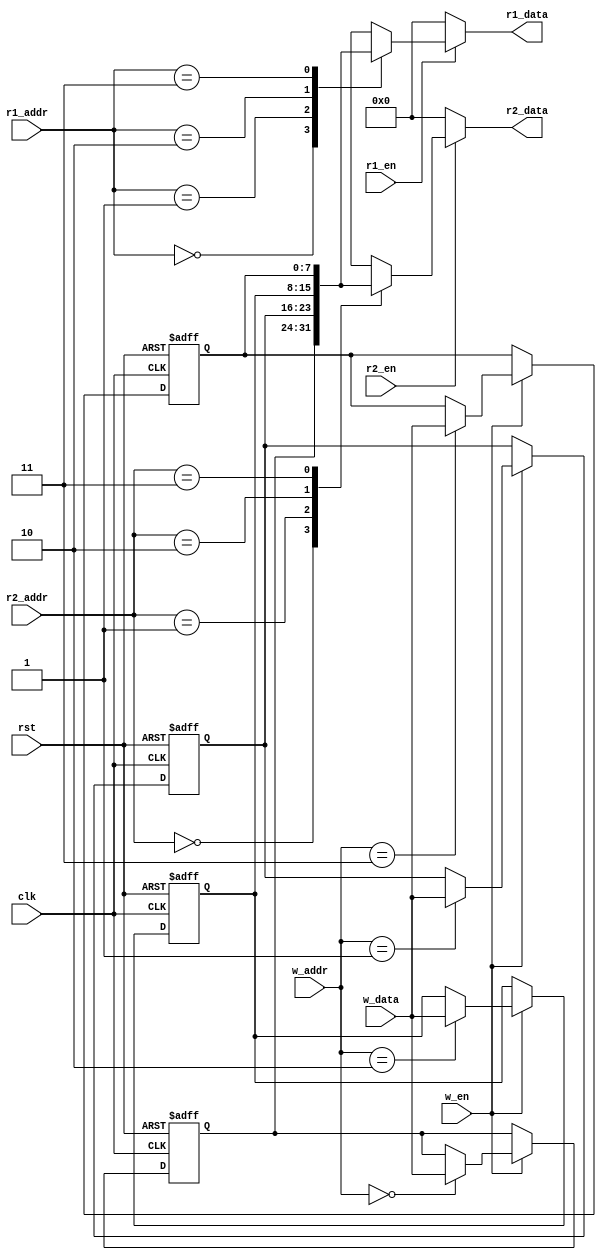
module reg_file #(
parameter  DEPTH = 4,
parameter  ADDR = 2,
parameter  WIDTH = 8)

( 
input     rst,
input     clk,

input     w_en,                   // write enable
input     [ADDR-1:0]    w_addr,   // write address

input     r1_en,                  // #1-port read enable
input     r2_en,                  // #2-port read enable
input     [ADDR-1:0]    r1_addr,  // #1-port read address
input     [ADDR-1:0]    r2_addr,  // #2-port read address

input     [WIDTH-1:0]   w_data,   // write data

output    [WIDTH-1:0]   r1_data,  // #1-port read data
output    [WIDTH-1:0]   r2_data   // #2-port read data
);

reg [WIDTH-1:0]    rf[0:DEPTH-1];

assign  r1_data = (r1_en) ? rf[r1_addr] : {(WIDTH){1'b0}};
assign  r2_data = (r2_en) ? rf[r2_addr] : {(WIDTH){1'b0}};

always@(posedge clk or posedge rst)
begin: rf_block
  integer i;
  if(rst)
     for(i=0; i<DEPTH; i=i+1)        
           rf[i] <= {(WIDTH){1'b0}};
  else if(w_en)
           rf[w_addr] <= w_data;
end

endmodule